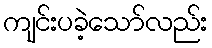
ကျင်းပခဲ့သော်လည်း